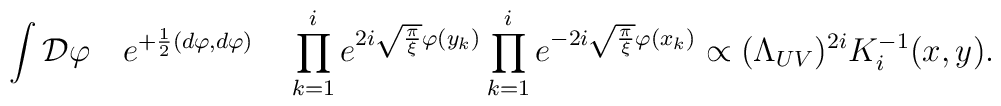
\int{\cal D}\varphi\quad  e^{+{1\over 2}(d\varphi,d\varphi)}\quad\prod_{k=1}^i e^{2i\sqrt{\pi\over\xi}\varphi(y_k)}\prod_{k=1}^i e^{-2i\sqrt{\pi\over\xi}\varphi(x_k)}\propto(\Lambda_{UV})^{2i}K^{-1}_i(x,y).